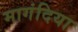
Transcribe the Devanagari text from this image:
मागंदिया